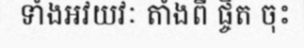
ទាំងអវយវៈ តាំងពី ផ្ចិត ចុះ